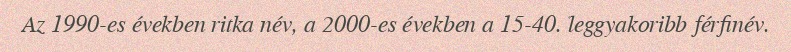
Az 1990-es években ritka név, a 2000-es években a 15-40. leggyakoribb férfinév.